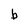
Character: b